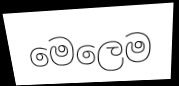
මෙලෙම